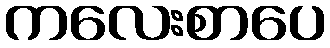
ကလေးစာပေ